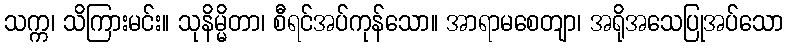
သက္က၊ သိကြားမင်း။ သုနိမ္မိတာ၊ စီရင်အပ်ကုန်သော။ အာရာမစေတျာ၊ အရိုအသေပြုအပ်သော